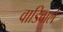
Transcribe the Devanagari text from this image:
वाडिवाले